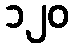
၁၂၀